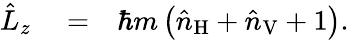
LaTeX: \begin{array}{rlr}{\hat{L}_{z}}&{{}=}&{\hbar m\left(\hat{n}_{\mathrm{H}}+\hat{n}_{\mathrm{V}}+1\right).}\end{array}